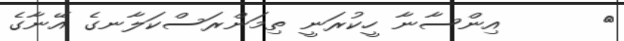
٣      އިންސާނާ ހީކުރަނީ ތިމަންރަސްކަލާނގެ އޭނާގެ